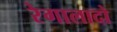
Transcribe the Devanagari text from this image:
रेगालादो